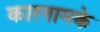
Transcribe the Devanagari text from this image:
कारनामके